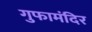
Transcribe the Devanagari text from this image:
गुफामंदिर